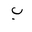
Letter: _ba